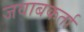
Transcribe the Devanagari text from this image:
जवाबकर्ता